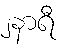
၂နာရီ